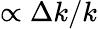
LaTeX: \propto\Delta k/k